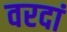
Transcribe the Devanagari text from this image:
वरदां